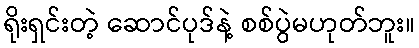
ရိုးရှင်းတဲ့ ဆောင်ပုဒ်နဲ့ စစ်ပွဲမဟုတ်ဘူး။